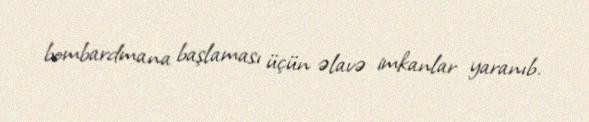
bombardmana başlaması üçün əlavə imkanlar yaranıb.